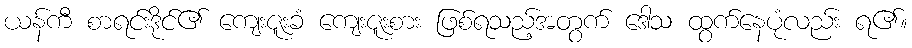
ယန်ကီ စာရင်းဒိုင်၏ ကျေးဇူးခံ ကျေးဇူးစား ဖြစ်ရသည့်အတွက် ဒေါသ ထွက်နေပုံလည်း ရ၏။